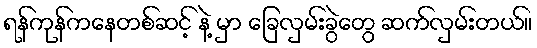
ရန်ကုန်ကနေတစ်ဆင့် နဲ့ မှာ ခြေလှမ်းခွဲတွေ ဆက်လှမ်းတယ်။